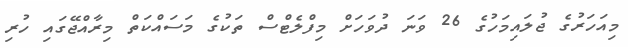
މިއަހަރުގެ ޖުލައިމަހުގެ 26 ވަނަ ދުވަހަށް މިފްލެޓްސް ތަކުގެ މަސައްކަތް މިރާއްޖޭގައި ހުރި